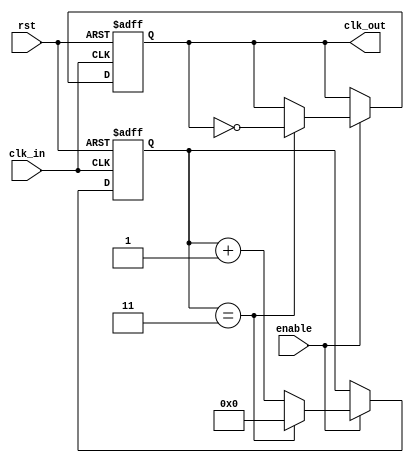
module frequency_divider_counter #(
    parameter N = 4 // Default division factor
)(
    input wire clk_in,   // Input clock signal
    input wire rst,      // Asynchronous reset signal
    input wire enable,    // Enable signal for counting
    output reg clk_out    // Divided output clock signal
);

    // Counter register for counting input clock cycles
    reg [31:0] counter; // Assuming counter up to 2^32-1 is sufficient

    // Sequential logic for counter and output clock generation
    always @(posedge clk_in or posedge rst) begin
        if (rst) begin
            counter <= 0;       // Reset counter
            clk_out <= 0;      // Reset output clock
        end
        else if (enable) begin
            // Increment counter when enabled
            if (counter == (N - 1)) begin
                counter <= 0;     // Reset counter
                clk_out <= ~clk_out; // Toggle output clock
            end
            else begin
                counter <= counter + 1; // Increment counter
            end
        end
    end

endmodule